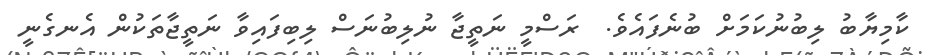
ކާމިޔާބު ލިބުނުކަމަށް ބުނެފައެވެ.  ރަސްމީ ނަތީޖާ ނުލިބުނަސް ލިބިފައިވާ ނަތީޖާތަކުން އެނގެނީ